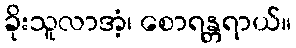
ခိုးသူလာအံ့၊ စောရန္တရာယ်။